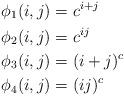
LaTeX: \begin{align*} \phi_1(i,j) &= c^{i+j}\\\phi_2(i,j) &= c^{ij}\\\phi_3(i,j) &= (i+j)^c\\\phi_4(i,j) &= (ij)^c\end{align*}